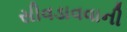
સીવડાવવાની